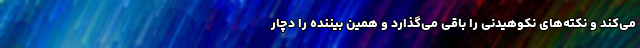
می‌کند و نکته‌های نکوهیدنی را باقی می‌گذارد و همین بیننده را دچار